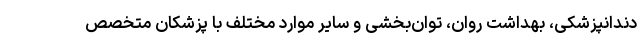
دندانپزشکی، بهداشت روان، توان‌بخشی و سایر موارد مختلف با پزشکان متخصص